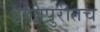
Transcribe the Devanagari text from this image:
इगतपुरीतच